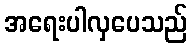
အရေးပါလှပေသည်